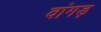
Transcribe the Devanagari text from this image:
वांगड़